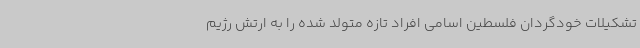
تشکیلات خودگردان فلسطین اسامی افراد تازه متولد شده را به ارتش رژیم